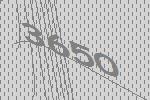
3650